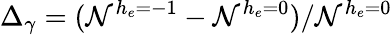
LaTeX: \Delta_{\gamma}=(\mathcal{N}^{h_{e}=-1}-\mathcal{N}^{h_{e}=0})/\mathcal{N}^{h_{e}=0}